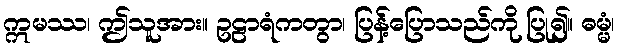
ဣမဿ၊ ဤသူအား။ ဥဠာရံကတွာ၊ ပြန့်ပြောသည်ကို ပြု၍။ ဓမ္မံ၊